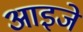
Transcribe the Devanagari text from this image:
आइजे